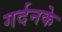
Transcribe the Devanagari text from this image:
गर्दनके